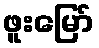
ဖူးမြော်